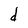
Character: d